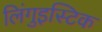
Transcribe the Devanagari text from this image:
लिंगुइस्टिक